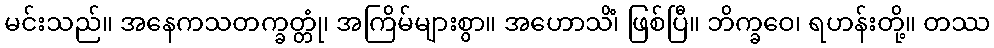
မင်းသည်။ အနေကသတက္ခတ္တုံ၊ အကြိမ်များစွာ။ အဟောသိံ၊ ဖြစ်ပြီ။ ဘိက္ခဝေ၊ ရဟန်းတို့။ တဿ